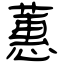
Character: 蕙